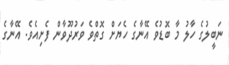
ނަބީލުގެ ހާލު މާ ބޮޑުވެ އޭނާގެ ހެޔަށް ގޮތްވެ ވަރުދޫވާން ފެށިއެވެ. އޭނާގެ